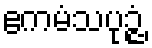
ဧကမံသပုဉ္ဇံ